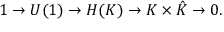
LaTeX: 1 \to U ( 1 ) \to H ( K ) \to K \times { \hat { K } } \to 0 .